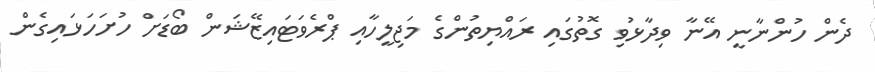
ދެން ހުންނާނީ އޭނާ ވިދާޅުވި ގޮތުގައި ރައްޔިތުންގެ މަޖިލީހާއި ޕްރެވަޓައިޒޭޝަން ބޯޑަށް ހުށަހަޅައިގެން